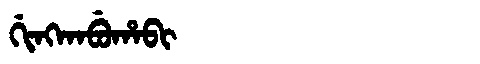
Manchu: ᡤᡳᠩᡴᠠᠪᡠᡥᠠᠪᡳ
Romanization: GINGKABUHABI